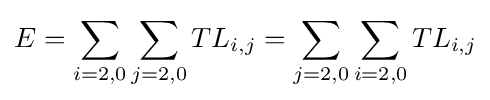
E=\sum _{i=2,0}\sum _{j=2,0}TL_{i,j}=\sum _{j=2,0}\sum _{i=2,0}TL_{i,j}